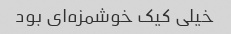
خیلی کیک خوشمزه‌ای بود